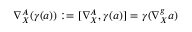
\nabla _ { X } ^ { A } ( \gamma ( a ) ) : = [ \nabla _ { X } ^ { A } , \gamma ( a ) ] = \gamma ( \nabla _ { X } ^ { g } a )